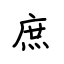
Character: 庶